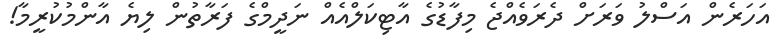
އަހަރެން އަސްލު ވަރަށް ދެރަވެއްޖެ މިފާޑުގެ އާޓިކަލްއެއް ނަދީމްގެ ފަރާތުން ލިޔެ އާންމުކުރީމާ!